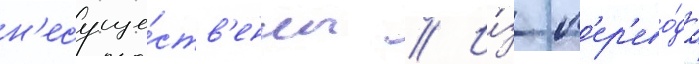
н'есуще́ств'енны // И́з п'ер'ево́да